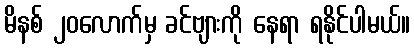
မိနစ် ၂၀လောက်မှ ခင်ဗျားကို နေရာ ရနိုင်ပါမယ်။